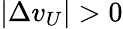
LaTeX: |\Delta v_{U}|>0